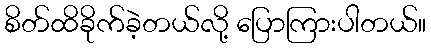
စိတ်ထိခိုက်ခဲ့တယ်လို့ ပြောကြားပါတယ်။